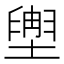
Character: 𫮩